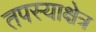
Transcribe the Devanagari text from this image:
तपस्याक्षेत्र